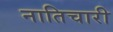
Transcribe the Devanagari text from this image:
नातिचारी